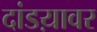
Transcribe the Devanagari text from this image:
दांडय़ावर